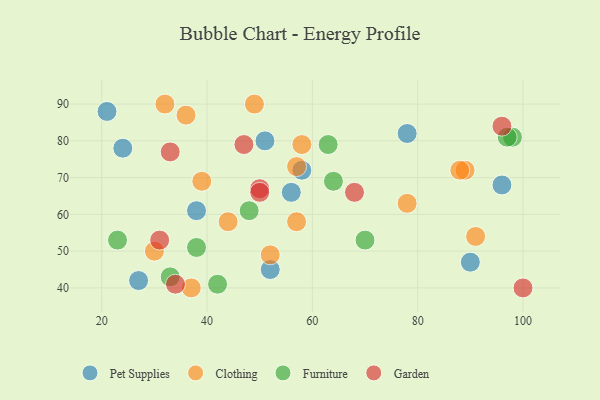
{"axis": {"x": "GDP", "y": "Life Expectancy"}, "legend": ["Clothing", "Furniture", "Garden", "Pet Supplies"], "data": [{"x": "90", "y": 47, "type": "Pet Supplies"}, {"x": "24", "y": 78, "type": "Pet Supplies"}, {"x": "38", "y": 61, "type": "Pet Supplies"}, {"x": "56", "y": 66, "type": "Pet Supplies"}, {"x": "51", "y": 80, "type": "Pet Supplies"}, {"x": "78", "y": 82, "type": "Pet Supplies"}, {"x": "21", "y": 88, "type": "Pet Supplies"}, {"x": "58", "y": 72, "type": "Pet Supplies"}, {"x": "27", "y": 42, "type": "Pet Supplies"}, {"x": "96", "y": 68, "type": "Pet Supplies"}, {"x": "52", "y": 45, "type": "Pet Supplies"}, {"x": "30", "y": 50, "type": "Clothing"}, {"x": "44", "y": 58, "type": "Clothing"}, {"x": "91", "y": 54, "type": "Clothing"}, {"x": "57", "y": 73, "type": "Clothing"}, {"x": "57", "y": 58, "type": "Clothing"}, {"x": "58", "y": 79, "type": "Clothing"}, {"x": "52", "y": 49, "type": "Clothing"}, {"x": "36", "y": 87, "type": "Clothing"}, {"x": "39", "y": 69, "type": "Clothing"}, {"x": "49", "y": 90, "type": "Clothing"}, {"x": "78", "y": 63, "type": "Clothing"}, {"x": "37", "y": 40, "type": "Clothing"}, {"x": "32", "y": 90, "type": "Clothing"}, {"x": "89", "y": 72, "type": "Clothing"}, {"x": "88", "y": 72, "type": "Clothing"}, {"x": "64", "y": 69, "type": "Furniture"}, {"x": "48", "y": 61, "type": "Furniture"}, {"x": "42", "y": 41, "type": "Furniture"}, {"x": "98", "y": 81, "type": "Furniture"}, {"x": "23", "y": 53, "type": "Furniture"}, {"x": "33", "y": 43, "type": "Furniture"}, {"x": "38", "y": 51, "type": "Furniture"}, {"x": "97", "y": 81, "type": "Furniture"}, {"x": "63", "y": 79, "type": "Furniture"}, {"x": "70", "y": 53, "type": "Furniture"}, {"x": "33", "y": 77, "type": "Garden"}, {"x": "96", "y": 84, "type": "Garden"}, {"x": "47", "y": 79, "type": "Garden"}, {"x": "34", "y": 41, "type": "Garden"}, {"x": "50", "y": 67, "type": "Garden"}, {"x": "50", "y": 66, "type": "Garden"}, {"x": "31", "y": 53, "type": "Garden"}, {"x": "100", "y": 40, "type": "Garden"}, {"x": "68", "y": 66, "type": "Garden"}]}